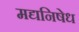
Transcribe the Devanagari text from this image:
मद्यनिषेध